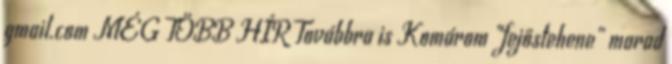
gmail.com MÉG TÖBB HÍR Továbbra is Komárom „fejőstehene” marad